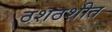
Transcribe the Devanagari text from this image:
ठशठशीत